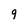
Character: 9